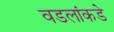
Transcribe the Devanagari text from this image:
वडलांकडे